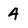
Character: 4